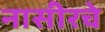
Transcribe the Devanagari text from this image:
नासीरचे